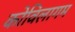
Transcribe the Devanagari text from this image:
कोविलागम